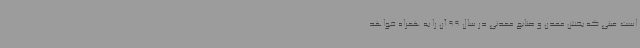
است عینی که بخش معدن و صنایع معدنی در سال 99 آن را به همراه خواهد